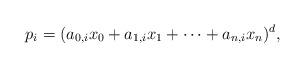
LaTeX: \begin{align*}p_i = ( a_{0,i} x_0 + a_{1,i} x_1 + \cdots + a_{n,i} x_n )^d, \end{align*}